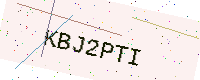
Text: KBJ2PTI